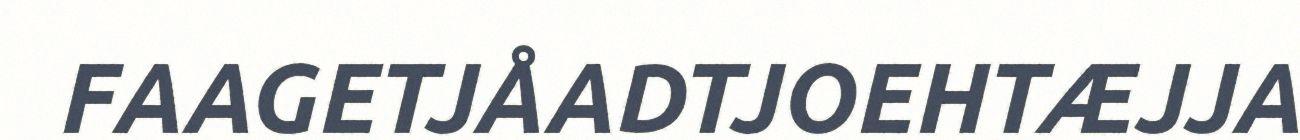
FAAGETJÅADTJOEHTÆJJA